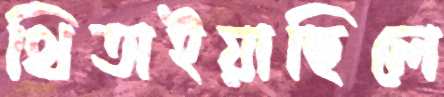
থিতাইয়াছিলে